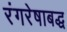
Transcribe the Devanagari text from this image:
रंगरेषाबद्ध